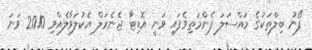
ފޯނު ބިލްތަކުގެ މައްސަލަ ފެންމަތިވެފައި ވަނީ އޮޑިޓާ ޖެނެރަލް އެކުލަވާލެއްވި 2010 ވަނަ